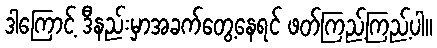
ဒါကြောင့် ဒီနည်းမှာအခက်တွေ့နေရင် ဖတ်ကြည့်ကြည့်ပါ။